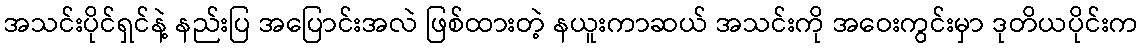
အသင်းပိုင်ရှင်နဲ့ နည်းပြ အပြောင်းအလဲ ဖြစ်ထားတဲ့ နယူးကာဆယ် အသင်းကို အဝေးကွင်းမှာ ဒုတိယပိုင်းက